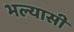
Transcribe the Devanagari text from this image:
भल्यासी